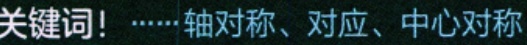
关键词！……轴对称、对应、中心对称